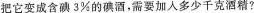
把它变成含碘3%的碘酒，需要加入多少千克酒精?